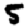
Digit: 5